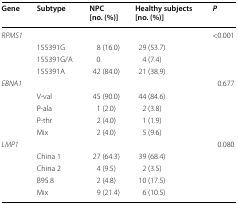
| Gene | Subtype | NPC [no. (%)] | Healthy subjects [no. (%)] | P |
 | --- | --- | --- | --- | --- |
 | <COLSPAN=4> RPMS1 | <0.001 |
 |  | 155391G | 8 (16.0) | 29 (53.7) |  |
 |  | 155391G/A | 0 | 4 (7.4) |  |
 |  | 155391A | 42 (84.0) | 21 (38.9) |  |
 | <COLSPAN=4> EBNA1 | 0.677 |
 |  | V-val | 45 (90.0) | 44 (84.6) |  |
 |  | P-ala | 1 (2.0) | 2 (3.8) |  |
 |  | P-thr | 2 (4.0) | 1 (1.9) |  |
 |  | Mix | 2 (4.0) | 5 (9.6) |  |
 | <COLSPAN=4> LMP1 | 0.080 |
 |  | China 1 | 27 (64.3) | 39 (68.4) |  |
 |  | China 2 | 4 (9.5) | 2 (3.5) |  |
 |  | B95.8 | 2 (4.8) | 10 (17.5) |  |
 |  | Mix | 9 (21.4) | 6 (10.5) |  |